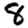
Digit: 8